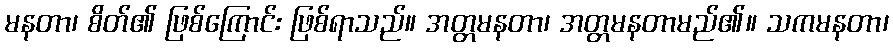
မနတာ၊ စိတ်၏ ဖြစ်ကြောင်း ဖြစ်ရာသည်။ အတ္တမနတာ၊ အတ္တမနတာမည်၏။ သကမနတာ၊